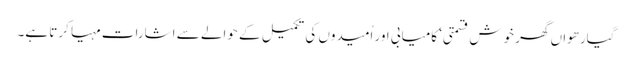
گیارھواں گھر خوش قسمتی‘ کامیابی اور اُمیدوں کی تکمیل کے حوالے سے اشارات مہیا کرتا ہے۔